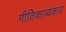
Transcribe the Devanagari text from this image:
गीतिकाव्यकार